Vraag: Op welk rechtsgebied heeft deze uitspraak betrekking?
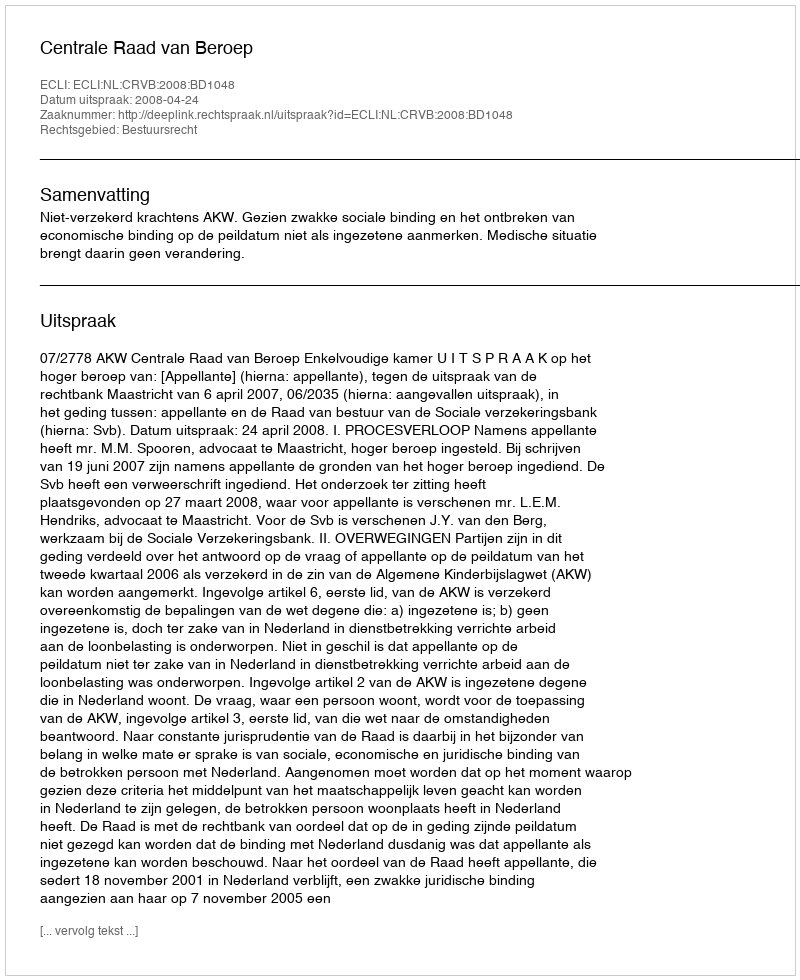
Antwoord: Bestuursrecht